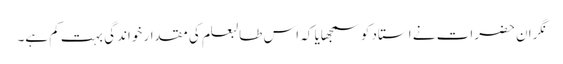
نگران حضرات نے استاد کو سمجھایا کہ اس طالبعلم کی مقدار خواندگی بہت کم ہے۔